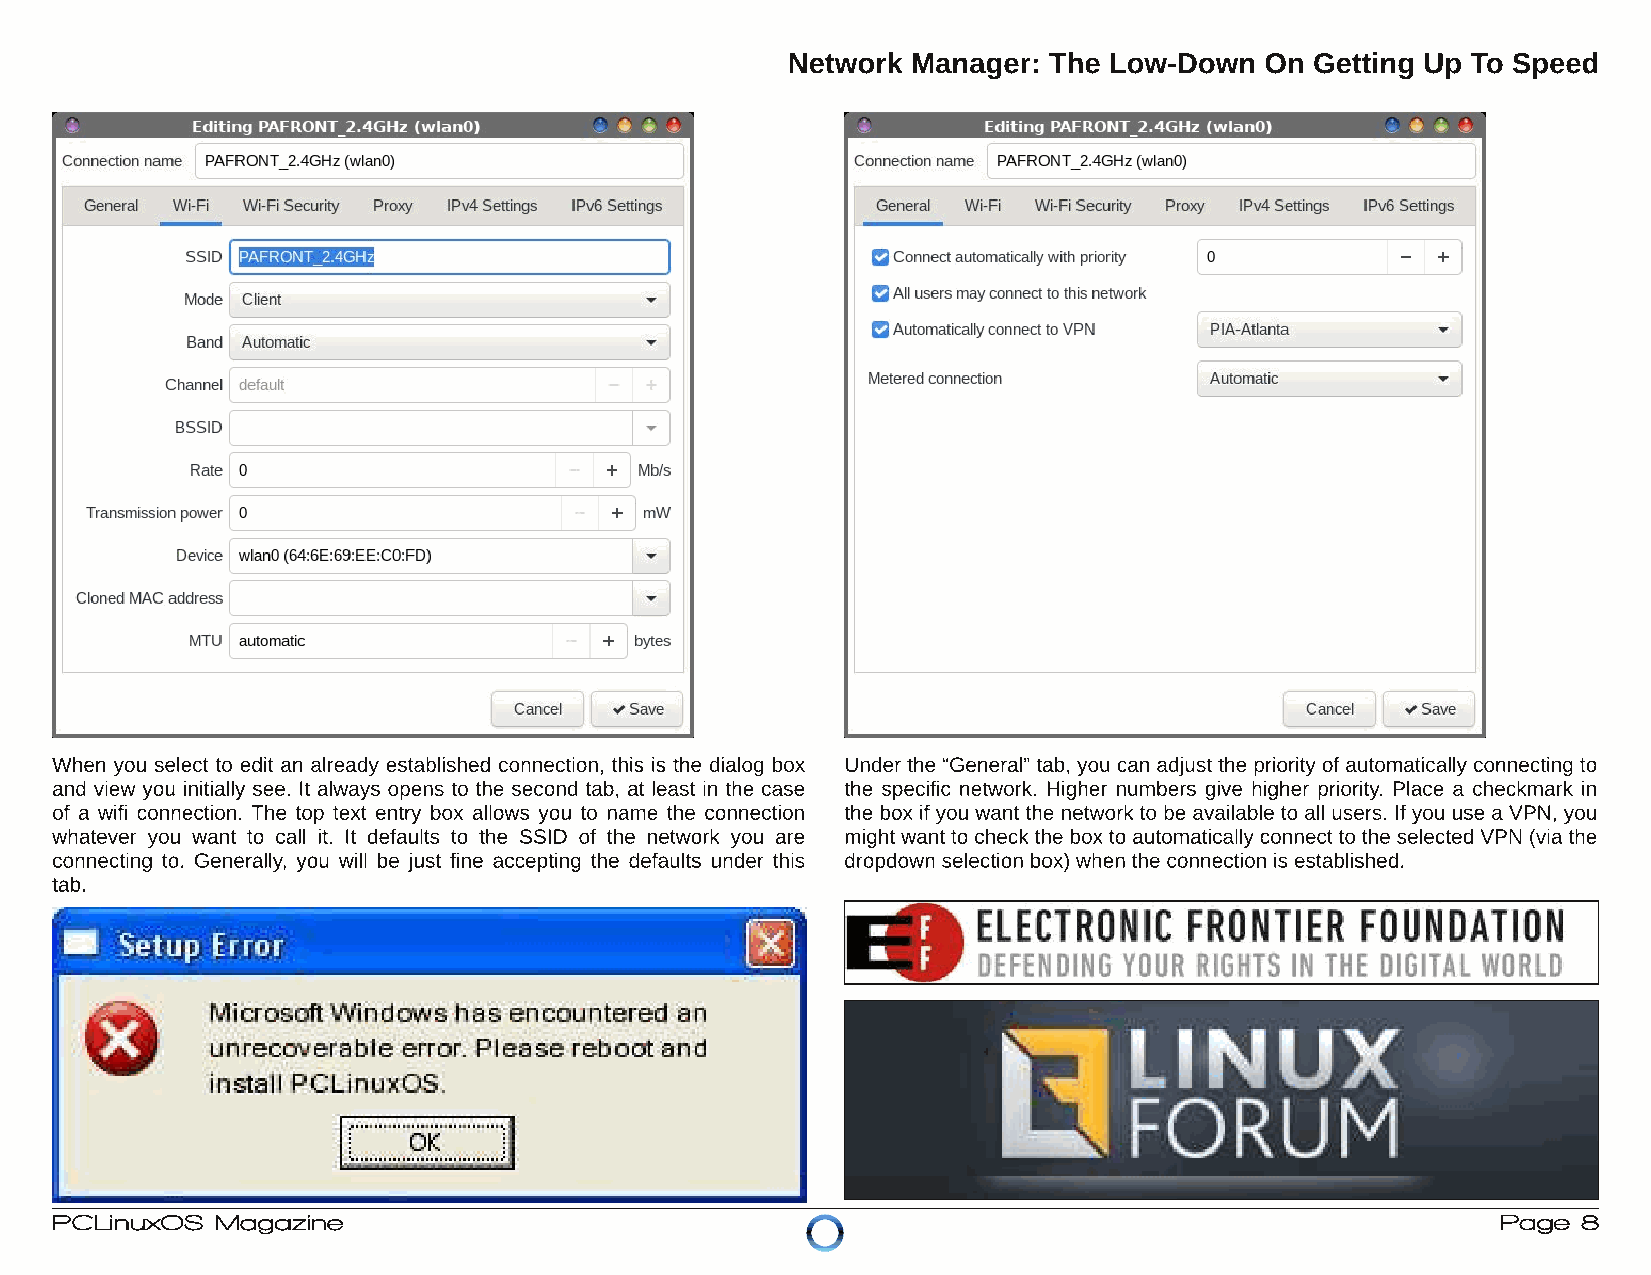
Network Manager: The Low-Down   On Getting Up To Speed
 When you select to edit an already established connection, this is the dialog box Under the “General” tab, you can adjustthe priorityofautomaticallyconnecting to
 and view you initially see. It always opens to the second tab, at least in the case the specific network. Higher numbers give higher priority. Place a checkmark in
 of a wifi connection. The top text entry box allows you to name the connection the box ifyou wantthe networkto be available to all users. Ifyou use aVPN, you
 whatever you want to call it. It defaults to the SSID of the network you are mightwantto checkthe boxto automaticallyconnectto the selected VPN (viathe
 connecting to. Generally, you will be just fine accepting the defaults under this dropdown selection box) when the connection is established.
 tab.
 PCLinuxOS  Magazine                                                                             Page  8